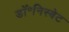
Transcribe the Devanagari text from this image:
डॉ॰निस्बेट